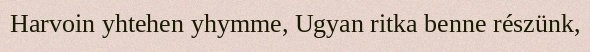
Harvoin yhtehen yhymme, Ugyan ritka benne részünk,